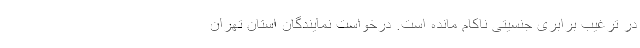
در ترغیب برابری جنسیتی ناکام مانده است. درخواست نمایندگان استان تهران